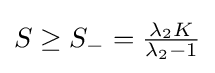
{\textstyle S\geq S_{-}={\lambda _{2}K \over {\lambda _{2}-1}}}